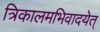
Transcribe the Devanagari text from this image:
त्रिकालमभिवादयेत्